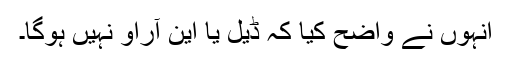
انہوں نے واضح کیا کہ ڈیل یا این آراو نہیں ہوگا۔